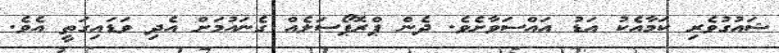
ޝައުގުވެރި ކަމާއެކު އަޑު އައްސަވާށެވެ. ދެން ޕްރޮޕޯސަލެއް ގެނައުމަށް އެދި ވަޑައިގަތީ އެވެ.